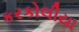
કરકોલીયા